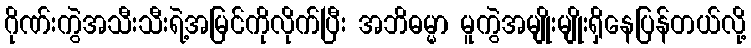
ဂိုဏ်းကွဲအသီးသီးရဲ့အမြင်ကိုလိုက်ပြီး အဘိဓမ္မာ မူကွဲအမျိုးမျိုးရှိနေပြန်တယ်လို့